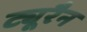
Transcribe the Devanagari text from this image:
ट्यूरैन